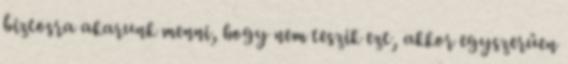
biztosra akarunk menni, hogy nem teszik ezt, akkor egyszerűen